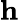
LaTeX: \textbf{h}